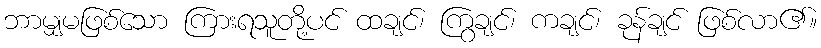
ဘာမျှမဖြစ်သော ကြားရသူတို့ပင် ထချင်၊ ကြွချင်၊ ကချင်၊ ခုန်ချင် ဖြစ်လာ၏။